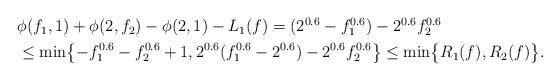
LaTeX: \begin{align*}\begin{aligned}& \phi(f_1,1) +\phi(2,f_2) - \phi(2,1) - L_1(f) = (2^{0.6} -f_1^{0.6}) - 2^{0.6} f_2^{0.6} \\& \leq \min\bigl\{ -f_1^{0.6} - f_2^{0.6} + 1, 2^{0.6}(f_1^{0.6} - 2^{0.6}) - 2^{0.6}f_2^{0.6} \bigr\} \leq \min\bigl\{R_1(f), R_2(f)\bigr\}.\end{aligned}\end{align*}